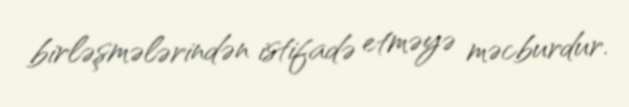
birləşmələrindən istifadə etməyə məcburdur.